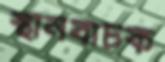
স্থানবাচক